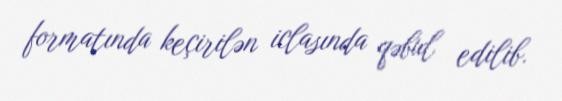
formatında keçirilən iclasında qəbul edilib.